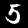
Digit: 5